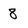
Character: 8